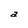
Character: a